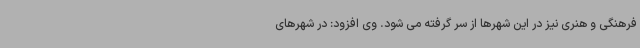
فرهنگی و هنری نیز در این شهرها از سر گرفته می شود. وی افزود: در شهرهای